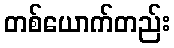
တစ်ယောက်တည်း